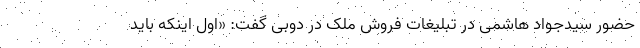
حضور سیدجواد هاشمی در تبلیغات فروش ملک در دوبی گفت: «اول اینکه باید